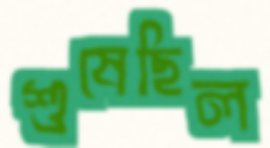
শুষেছিল